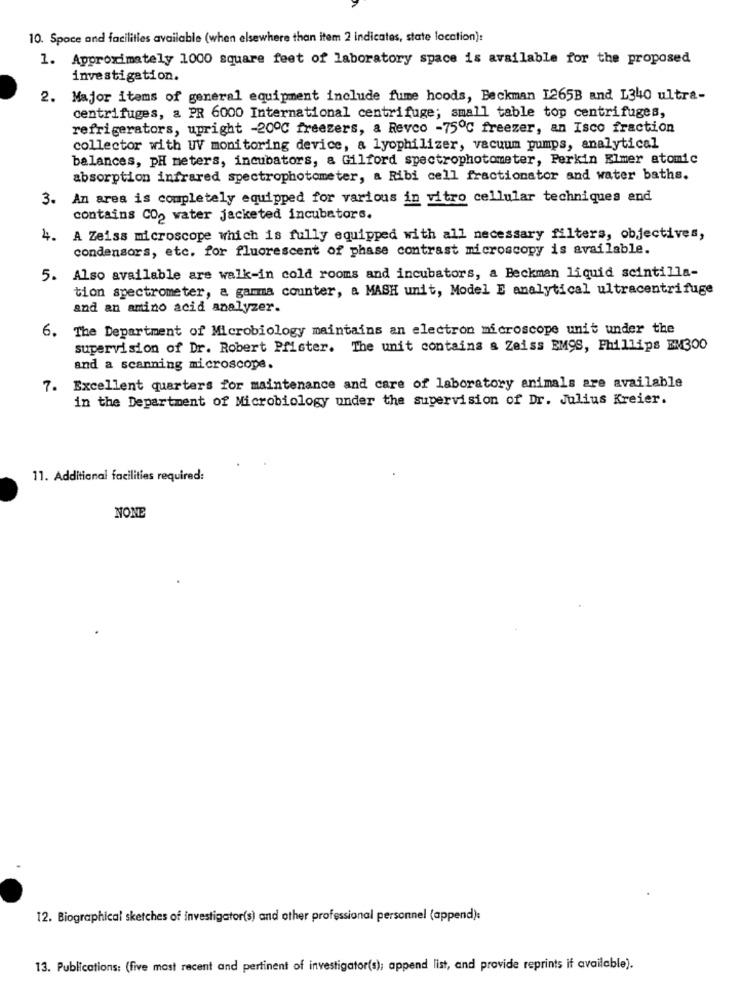
10. Space and facilities available (when elsewhere than item 2 indicates, state location):
1. Approximately 1000 square feet of laboratory space is available for the proposed
investigation.
2. Major items of general equipment include fume hoods, Beckman 1265B and L340 ultra-
centrifuges, a PR 6000 International centrifuge; small table top centrifuges,
refrigerators, upright -200℃ freezers, a Revco -750℃ freezer, an Isco fraction
collector with WV monitoring device, a lyophilizer, vacuum pumps, analytical
balances, pH meters, incubators, a Gilford spectrophotometer, Perkin Elmer atomic
absorption infrared spectrophotometer, a Ribi cell fractionator and water baths.
3.
An area is completely equipped for various in vitro cellular techniques and
contains CO2 water jacketed incubators.
4.
A Zeiss microscope which is fully equipped with all necessary filters, objectives,
condensors, etc. for fluorescent of phase contrast microscopy is available.
5. Also available are walk-in cold rooms and incubators, a Beckman liquid scintilla-
tion spectrometer, a gamma counter, a MASH unit, Model E analytical ultracentrifuge
and an amino acid analyzer.
6. The Department of Microbiology maintains an electron microscope unit under the
supervision of Dr. Robert Pfister. The unit contains & Zeiss EMOS, Phillips BM300
and a scanning microscope.
7. Excellent quarters for maintenance and care of laboratory animals are available
in the Department of Microbiology under the supervision of Dr. Julius Kreier.
11. Additional facilities required:
NONE
12. Biographical sketches of investigator(s) and other professional personnel (append):
13. Publications: (five most recent and pertinent of investigator(s); append list, and provide reprints if available).